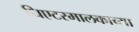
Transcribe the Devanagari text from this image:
थिएटरमालकाच्या